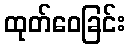
ထုတ်ဝေခြင်း